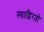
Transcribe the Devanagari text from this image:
स्याद्विरतो